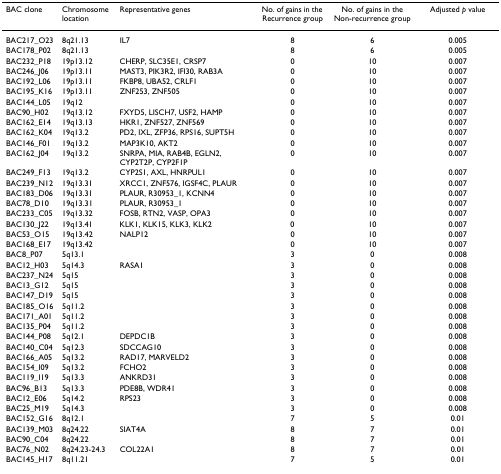
<table><thead><tr><td><b>BAC clone</b></td><td><b>Chromosome location</b></td><td><b>Representative genes</b></td><td><b>No. of gains in the Recurrence group</b></td><td><b>No. of gains in the Non-recurrence group</b></td><td><b>Adjusted <i>p </i>value</b></td></tr></thead><tbody><tr><td>BAC217_O23</td><td>8q21.13</td><td>IL7</td><td>8</td><td>6</td><td>0.005</td></tr><tr><td>BAC178_P02</td><td>8q21.13</td><td></td><td>8</td><td>6</td><td>0.005</td></tr><tr><td>BAC232_P18</td><td>19p13.12</td><td>CHERP, SLC35E1, CRSP7</td><td>0</td><td>10</td><td>0.007</td></tr><tr><td>BAC246_J06</td><td>19p13.11</td><td>MAST3, PIK3R2, IFI30, RAB3A</td><td>0</td><td>10</td><td>0.007</td></tr><tr><td>BAC192_L06</td><td>19p13.11</td><td>FKBP8, UBA52, CRLF1</td><td>0</td><td>10</td><td>0.007</td></tr><tr><td>BAC195_K16</td><td>19p13.11</td><td>ZNF253, ZNF505</td><td>0</td><td>10</td><td>0.007</td></tr><tr><td>BAC144_L05</td><td>19q12</td><td></td><td>0</td><td>10</td><td>0.007</td></tr><tr><td>BAC90_H02</td><td>19q13.12</td><td>FXYD5, LISCH7, USF2, HAMP</td><td>0</td><td>10</td><td>0.007</td></tr><tr><td>BAC162_E14</td><td>19q13.13</td><td>HKR1, ZNF527, ZNF569</td><td>0</td><td>10</td><td>0.007</td></tr><tr><td>BAC162_K04</td><td>19q13.2</td><td>PD2, IXL, ZFP36, RPS16, SUPT5H</td><td>0</td><td>10</td><td>0.007</td></tr><tr><td>BAC146_F01</td><td>19q13.2</td><td>MAP3K10, AKT2</td><td>0</td><td>10</td><td>0.007</td></tr><tr><td>BAC162_J04</td><td>19q13.2</td><td>SNRPA, MIA, RAB4B, EGLN2, CYP2T2P, CYP2F1P</td><td>0</td><td>10</td><td>0.007</td></tr><tr><td>BAC249_F13</td><td>19q13.2</td><td>CYP2S1, AXL, HNRPUL1</td><td>0</td><td>10</td><td>0.007</td></tr><tr><td>BAC239_N12</td><td>19q13.31</td><td>XRCC1, ZNF576, IGSF4C, PLAUR</td><td>0</td><td>10</td><td>0.007</td></tr><tr><td>BAC183_D06</td><td>19q13.31</td><td>PLAUR, R30953_1, KCNN4</td><td>0</td><td>10</td><td>0.007</td></tr><tr><td>BAC78_D10</td><td>19q13.31</td><td>PLAUR, R30953_1</td><td>0</td><td>10</td><td>0.007</td></tr><tr><td>BAC233_C05</td><td>19q13.32</td><td>FOSB, RTN2, VASP, OPA3</td><td>0</td><td>10</td><td>0.007</td></tr><tr><td>BAC130_J22</td><td>19q13.41</td><td>KLK1, KLK15, KLK3, KLK2</td><td>0</td><td>10</td><td>0.007</td></tr><tr><td>BAC53_O15</td><td>19q13.42</td><td>NALP12</td><td>0</td><td>10</td><td>0.007</td></tr><tr><td>BAC168_E17</td><td>19q13.42</td><td></td><td>0</td><td>10</td><td>0.007</td></tr><tr><td>BAC8_P07</td><td>5q13.1</td><td></td><td>3</td><td>0</td><td>0.008</td></tr><tr><td>BAC12_H03</td><td>5q14.3</td><td>RASA1</td><td>3</td><td>0</td><td>0.008</td></tr><tr><td>BAC237_N24</td><td>5q15</td><td></td><td>3</td><td>0</td><td>0.008</td></tr><tr><td>BAC13_G12</td><td>5q15</td><td></td><td>3</td><td>0</td><td>0.008</td></tr><tr><td>BAC147_D19</td><td>5q15</td><td></td><td>3</td><td>0</td><td>0.008</td></tr><tr><td>BAC185_O16</td><td>5q11.2</td><td></td><td>3</td><td>0</td><td>0.008</td></tr><tr><td>BAC171_A01</td><td>5q11.2</td><td></td><td>3</td><td>0</td><td>0.008</td></tr><tr><td>BAC135_P04</td><td>5q11.2</td><td></td><td>3</td><td>0</td><td>0.008</td></tr><tr><td>BAC144_P08</td><td>5q12.1</td><td>DEPDC1B</td><td>3</td><td>0</td><td>0.008</td></tr><tr><td>BAC140_C04</td><td>5q12.3</td><td>SDCCAG10</td><td>3</td><td>0</td><td>0.008</td></tr><tr><td>BAC166_A05</td><td>5q13.2</td><td>RAD17, MARVELD2</td><td>3</td><td>0</td><td>0.008</td></tr><tr><td>BAC154_I09</td><td>5q13.2</td><td>FCHO2</td><td>3</td><td>0</td><td>0.008</td></tr><tr><td>BAC119_I19</td><td>5q13.3</td><td>ANKRD31</td><td>3</td><td>0</td><td>0.008</td></tr><tr><td>BAC96_B13</td><td>5q13.3</td><td>PDE8B, WDR41</td><td>3</td><td>0</td><td>0.008</td></tr><tr><td>BAC12_E06</td><td>5q14.2</td><td>RPS23</td><td>3</td><td>0</td><td>0.008</td></tr><tr><td>BAC25_M19</td><td>5q14.3</td><td></td><td>3</td><td>0</td><td>0.008</td></tr><tr><td>BAC152_G16</td><td>8q12.1</td><td></td><td>7</td><td>5</td><td>0.01</td></tr><tr><td>BAC139_M03</td><td>8q24.22</td><td>SIAT4A</td><td>8</td><td>7</td><td>0.01</td></tr><tr><td>BAC90_C04</td><td>8q24.22</td><td></td><td>8</td><td>7</td><td>0.01</td></tr><tr><td>BAC76_N02</td><td>8q24.23-24.3</td><td>COL22A1</td><td>8</td><td>7</td><td>0.01</td></tr><tr><td>BAC145_H17</td><td>8q11.21</td><td></td><td>7</td><td>5</td><td>0.01</td></tr></tbody></table>